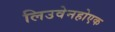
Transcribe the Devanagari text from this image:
लिउवेनहोएक